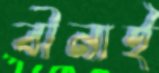
বীনাই